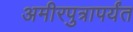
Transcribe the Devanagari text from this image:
अमीरपुत्रापर्यंत